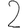
Digit: 2